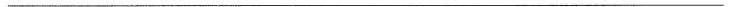
___